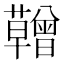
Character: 𮓆